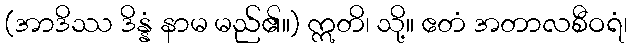
(အာဒိဿ ဒိန္နံ နာမ မည်၏။) ဣတိ၊ သို့။ ဧတံ အတာလစီဝရံ၊